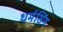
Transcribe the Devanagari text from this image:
धर्मसिंग